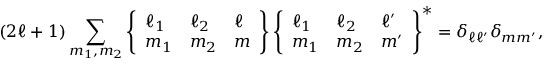
( 2 \ell + 1 ) \sum _ { m _ { 1 } , m _ { 2 } } \left\{ \begin{array} { l l l } { \ell _ { 1 } } & { \ell _ { 2 } } & { \ell } \\ { m _ { 1 } } & { m _ { 2 } } & { m } \end{array} \right\} \left\{ \begin{array} { l l l } { \ell _ { 1 } } & { \ell _ { 2 } } & { \ell ^ { \prime } } \\ { m _ { 1 } } & { m _ { 2 } } & { m ^ { \prime } } \end{array} \right\} ^ { \ast } = \delta _ { \ell \ell ^ { \prime } } \delta _ { m m ^ { \prime } } ,